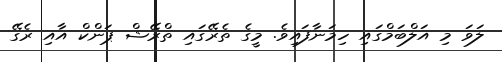
ލަވަ މި އަލްބަމްގައި ހިމަނާފައިވެ. މީގެ ތެރޭގައި ތްރޭޝް ޕަންކް އާއި ރެގޭ